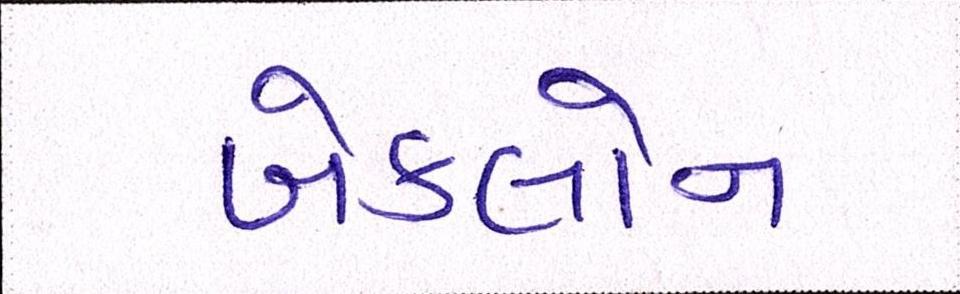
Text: બેકબોન